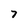
Character: 7